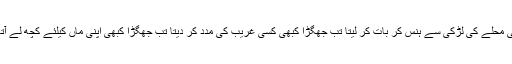
کبھی وہ کسی محلے کی لڑکی سے ہنس کر بات کر لیتا تب جھگڑا کبھی کسی غریب کی مدد کر دیتا تب جھگڑا کبھی اپنی ماں کیلئے کچھ لے آتا تب جھگڑا۔